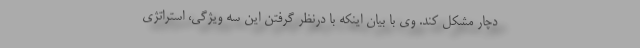
دچار مشکل کند. وی با بیان اینکه با درنظر گرفتن این سه ویژگی، استراتژی